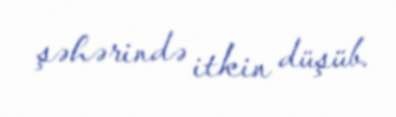
şəhərində itkin düşüb.